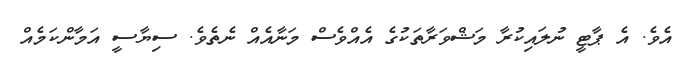
އެވެ. އެ ޕާޓީ ނުލައިކުރާ މަޝްވަރާތަކުގެ އެއްވެސް މަނާއެއް ނެތެވެ. ސިޔާސީ އަމާންކަމެއް